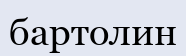
бартолин